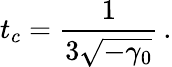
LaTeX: t_{c}=\frac{1}{3\sqrt{-\gamma_{0}}}\, .